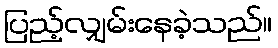
ပြည့်လျှမ်းနေခဲ့သည်။